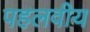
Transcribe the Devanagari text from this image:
पहलवीय